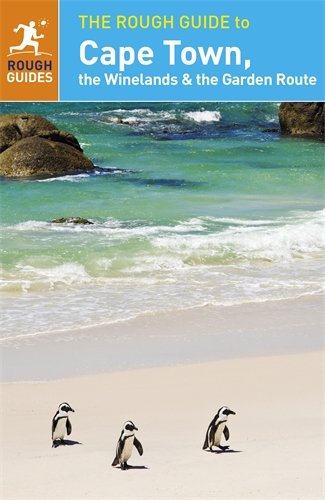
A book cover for The Rough Guide to Cape Town, The Winelands and The Garden Route; Rough Guides; Travel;